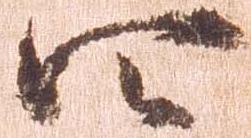
四